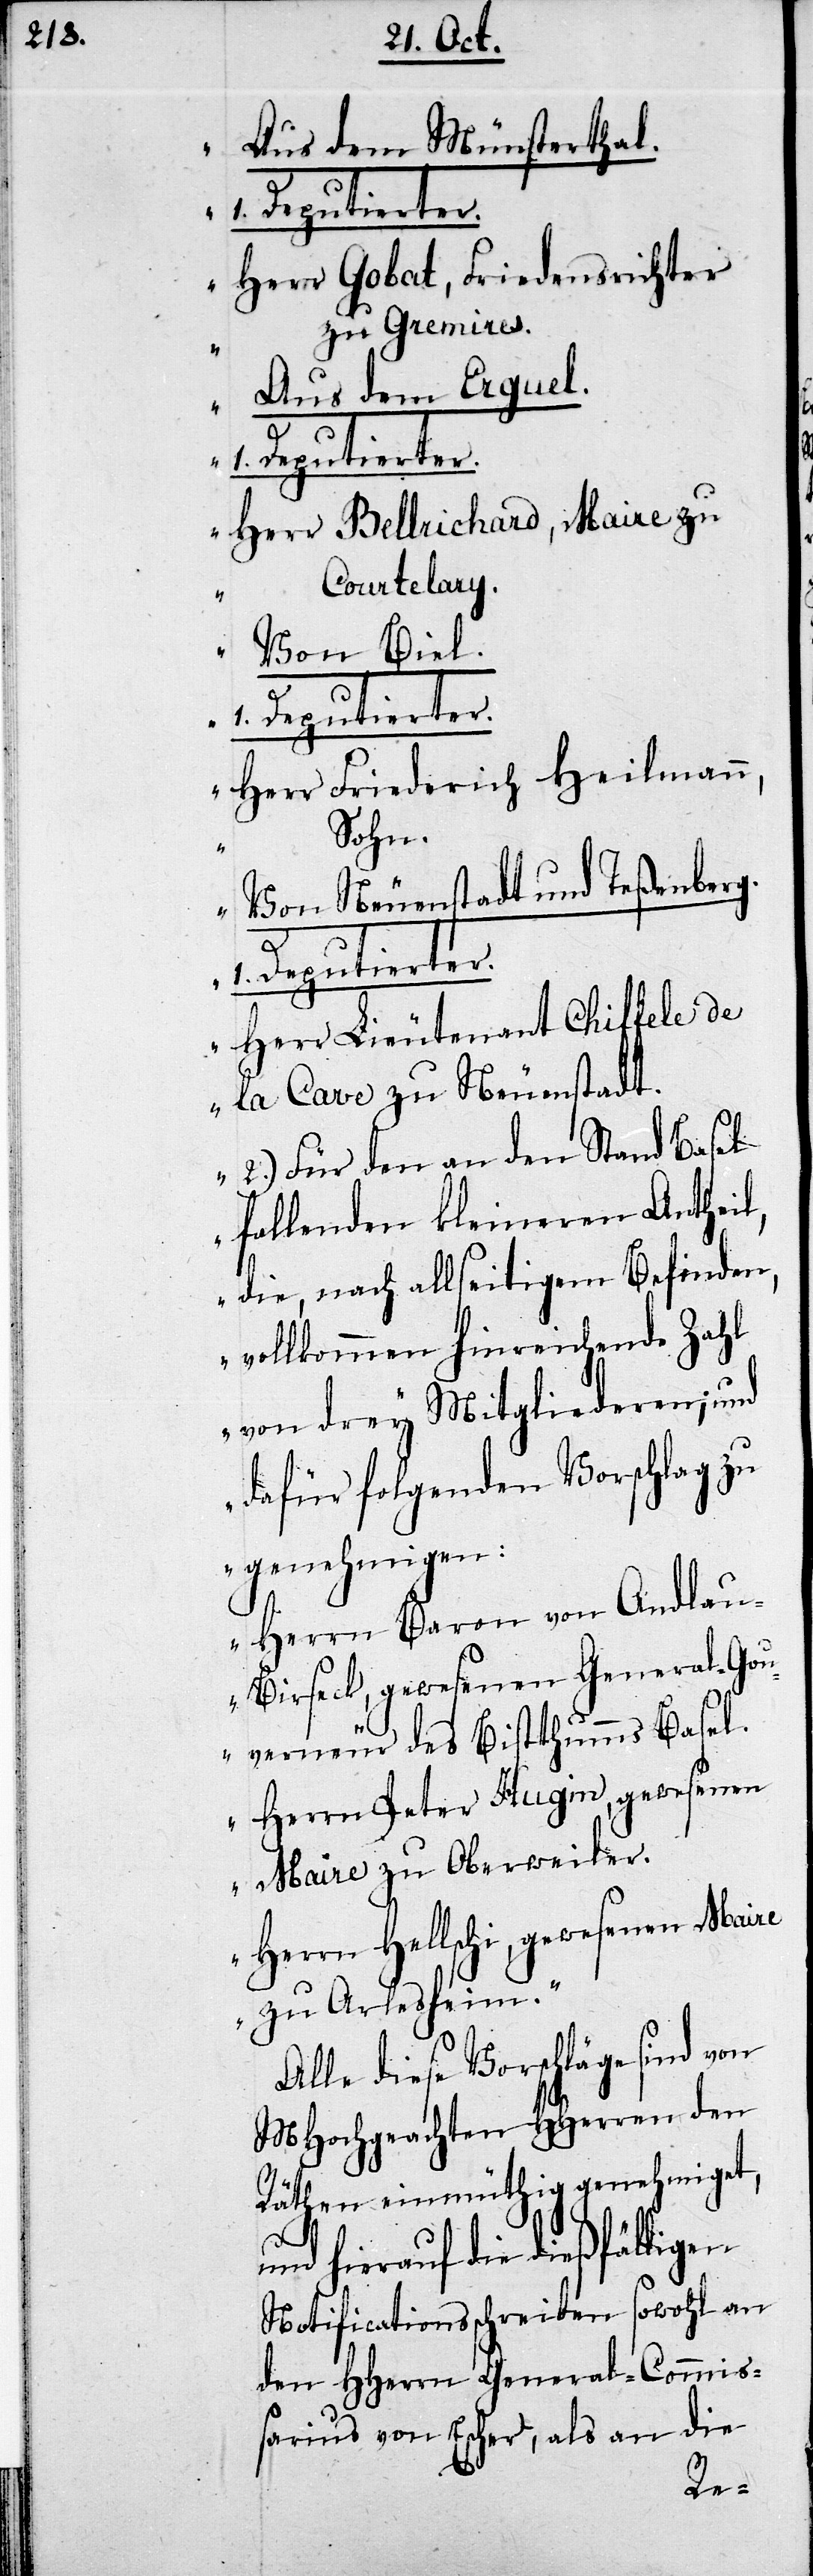
Aus dem Münsterthal.
Herr Gobat, Friedensrichter
zu Gremires.
Aus dem Erguel.
Herr Bellrichard, Maire zu
Courtelary.
Von Biel.
1. Deputierter.
Herr Friedrich Heilmann,
Sohn.
Von Neuenstadt und Teßenberg.
Herr Lieutenant Chiffele de
la Cave zu Neuenstadt.
2.) Für den an den Stand Basel
fallenden kleineren Antheil,
die, nach allseitigem Befinden,
vollkommen hinreichende Zahl
von drey Mitgliederen, und
dafür folgenden Vorschlag zu
Herrn Baron von Andla¬
u-Birseck, gewesenen General-Gou¬
verneur des Bistthumms Basel.
Herrn Peter Hugin, gewesenen
Maire zu Oberweiler.
Herrn Hellschi, gewesenen Maire
zu Arlesheim.“
Alle diese Vorschläge sind von
MHochgeachten HHerren den
Räthen einmüthig genehmiget,
und hierauf die dießfälligen
Notificationsschreiben sowohl an
den HHerren General-Commi¬
ßarius von Escher, als an die